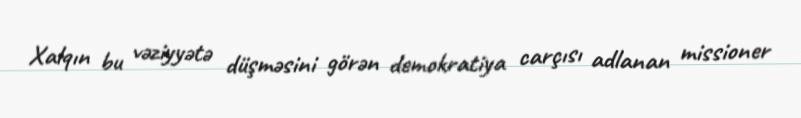
Xalqın bu vəziyyətə düşməsini görən demokratiya carçısı adlanan missioner